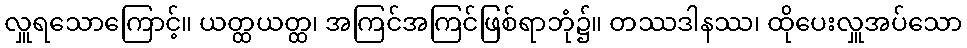
လှူရသောကြောင့်။ ယတ္ထယတ္ထ၊ အကြင်အကြင်ဖြစ်ရာဘုံ၌။ တဿဒါနဿ၊ ထိုပေးလှူအပ်သော